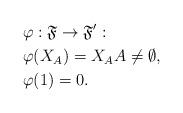
LaTeX: \begin{align*}&\varphi:\mathfrak{F}\to \mathfrak{F}':\\ &\varphi(X_A)=X_A A\ne \emptyset,\\& \varphi(1)=0.\end{align*}